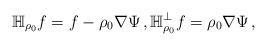
LaTeX: \begin{align*}\mathbb{H}_{\rho_{0}}f= f- \rho_{0}\nabla\Psi\,,\mathbb{H}^{\perp}_{\rho_{0}}f=\rho_{0}\nabla\Psi\,,\end{align*}